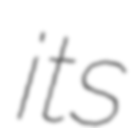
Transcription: its